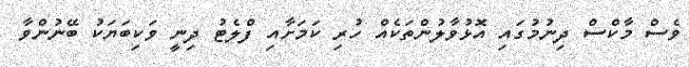
ވެސް މާކްސް ދިނުމުގައި އޮޅުވާލުންތަކެއް ހުރި ކަމަށާއި ފްލެޓު ދިނީ ވަކިބަޔަކު ބޭނުންވާ